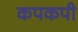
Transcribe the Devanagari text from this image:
कपकपी